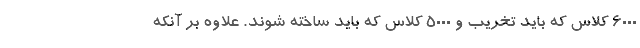
۶۰۰۰ کلاس که باید تخریب و ۵۰۰۰ کلاس که باید ساخته شوند. علاوه بر آنکه